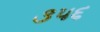
૩૫૬